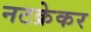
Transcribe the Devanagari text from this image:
नटक्रेकर